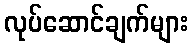
လုပ်ဆောင်ချက်များ